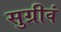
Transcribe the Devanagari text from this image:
सुग्रीवं